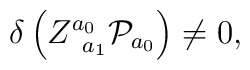
\delta \left( Z_{\;\;a_{1}}^{a_{0}}{\cal P}_{a_{0}}\right) \neq 0,